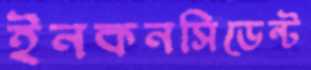
ইনকনসিডেন্ট